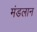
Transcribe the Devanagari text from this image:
मंडलान